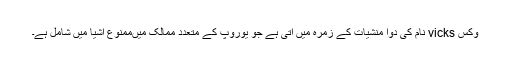
وکس vicks نام کی دوا منشیات کے زمرہ میں آتی ہے جو یوروپ کے متعدد ممالک میںممنوع اشیا میں شامل ہے۔